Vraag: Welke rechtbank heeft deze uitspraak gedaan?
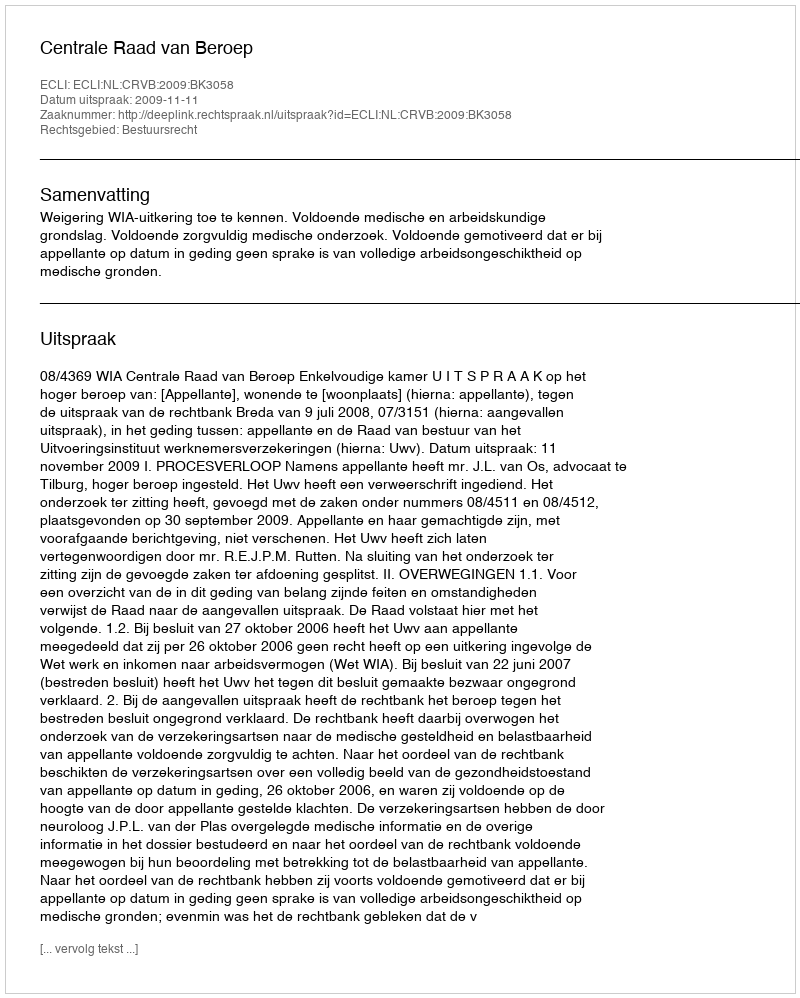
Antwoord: Centrale Raad van Beroep